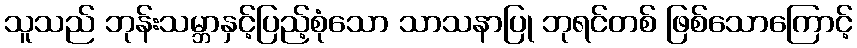
သူသည် ဘုန်းသမ္ဘာနှင့်ပြည့်စုံသော သာသနာပြု ဘုရင်တစ် ဖြစ်သောကြောင့်